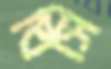
বিসি